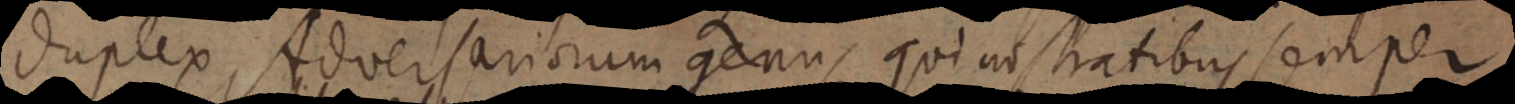
duplex Adversariorum genus qui nostratibus semper